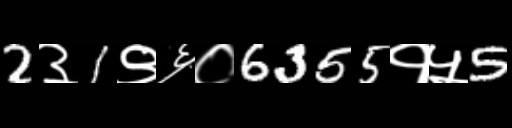
Text: 2३1९६०6355१५5